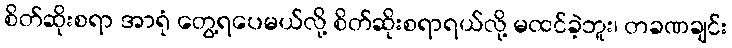
စိတ်ဆိုးစရာ အာရုံ တွေ့ရပေမယ်လို့ စိတ်ဆိုးစရာရယ်လို့ မထင်ခဲ့ဘူး၊ တခဏချင်း